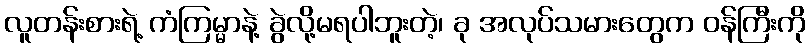
လူတန်းစားရဲ့ ကံကြမ္မာနဲ့ ခွဲလို့မရပါဘူးတဲ့၊ ခု အလုပ်သမားတွေက ဝန်ကြီးကို